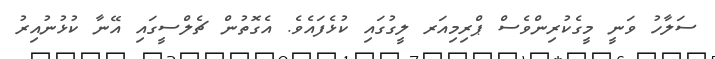
ސަލާހު ވަނީ މީގެކުރިންވެސް ޕްރިމިއަރ ލީގުގައި ކުޅެފައެވެ. އެގޮތުން ޗެލްސީގައި އޭނާ ކުޅުނުއިރު